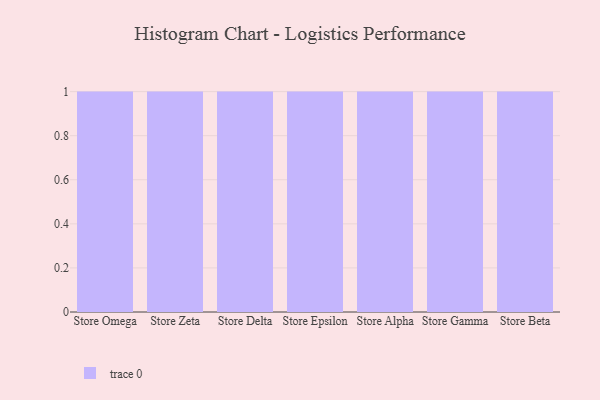
{"axis": {"x": "Store", "y": "Churn Rate (%)"}, "legend": [""], "data": [{"x": "Store Omega", "y": 81, "type": ""}, {"x": "Store Zeta", "y": 69, "type": ""}, {"x": "Store Delta", "y": 11, "type": ""}, {"x": "Store Epsilon", "y": 18, "type": ""}, {"x": "Store Alpha", "y": 25, "type": ""}, {"x": "Store Gamma", "y": 79, "type": ""}, {"x": "Store Beta", "y": 82, "type": ""}]}